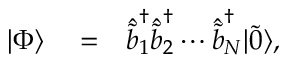
\begin{array} { r l r } { \ensuremath { \vert \Phi \rangle } } & { { } = } & { \hat { \tilde { b } } _ { 1 } ^ { \dagger } \hat { \tilde { b } } _ { 2 } ^ { \dagger } \cdots \hat { \tilde { b } } _ { N } ^ { \dagger } \ensuremath { \vert \tilde { 0 } \rangle } , } \end{array}